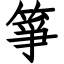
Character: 箏